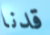
قدنا